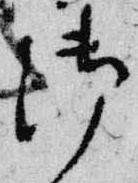
御